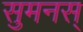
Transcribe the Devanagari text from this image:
सुमनस्